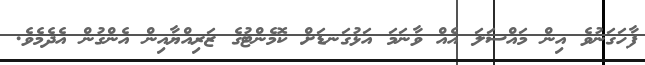
ފާހަގަނުވެ އިން މައްސަލަ އެއް ވާނަމަ އަޅުގަނޑަށް ކޮމެންޓުގެ ޒަރިއްޔާއިން އެންގުން އެދެމެވެ.